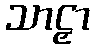
သာဠှာ